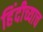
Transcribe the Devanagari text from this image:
हिंदीच्याच